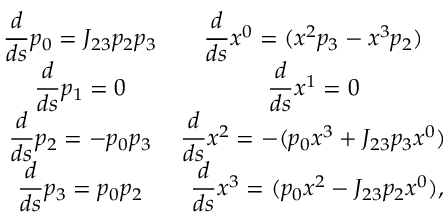
\begin{array} { c c } { { \displaystyle \frac { d } { d s } p _ { 0 } = J _ { 2 3 } p _ { 2 } p _ { 3 } } } & { { \displaystyle \frac { d } { d s } x ^ { 0 } = ( x ^ { 2 } p _ { 3 } - x ^ { 3 } p _ { 2 } ) \ } } \\ { { \displaystyle \frac { d } { d s } p _ { 1 } = 0 } } & { { \displaystyle \frac { d } { d s } x ^ { 1 } = 0 \ } } \\ { { \displaystyle \frac { d } { d s } p _ { 2 } = - p _ { 0 } p _ { 3 } } } & { { \displaystyle \frac { d } { d s } x ^ { 2 } = - ( p _ { 0 } x ^ { 3 } + J _ { 2 3 } p _ { 3 } x ^ { 0 } ) \ } } \\ { { \displaystyle \frac { d } { d s } p _ { 3 } = p _ { 0 } p _ { 2 } } } & { { \displaystyle \frac { d } { d s } x ^ { 3 } = ( p _ { 0 } x ^ { 2 } - J _ { 2 3 } p _ { 2 } x ^ { 0 } ) , } } \end{array}